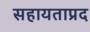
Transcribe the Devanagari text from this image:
सहायताप्रद